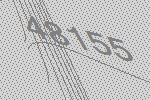
48155